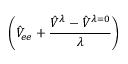
\left( \hat { V } _ { e e } + \frac { \hat { V } ^ { \lambda } - \hat { V } ^ { \lambda = 0 } } { \lambda } \right)